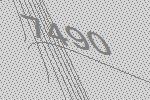
7490